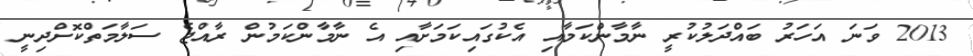
2013 ވަނަ އަހަރު ބައްދަލުކުރީ ނާމާންކަމާއި އެކުގައިކަމަށާއި އެ ނާމާންކަމުން ރާއްޖެ ސަލާމަތްކޮށްދިނީ